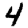
Digit: 4